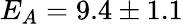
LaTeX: E_{A}=9.4\pm 1.1